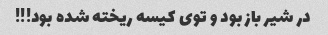
در شیر باز بود و توی کیسه ریخته شده بود!!!